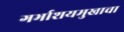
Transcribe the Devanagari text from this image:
गर्भाशयमुखाचा